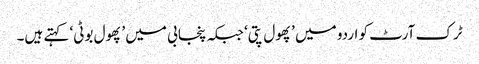
ٹرک آرٹ کو اردو میں ’پھول پتی‘ جبکہ پنجابی میں ’پھول بوٹی‘ کہتے ہیں۔